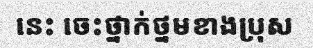
នេះ ចេះថ្នាក់ថ្នមខាងប្រុស